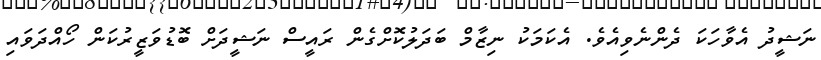
ނަޝީދު އެވާހަކަ ދެންނެވިއެވެ. އެކަމަކު ނިޒާމް ބަދަލުކޮށްގެން ރައީސް ނަޝީދަށް ބޮޑުވަޒީރުކަން ހޯއްދަވައި